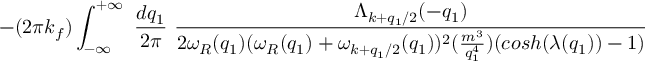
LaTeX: - ( 2 \pi k _ { f } ) \int _ { - \infty } ^ { + \infty } \mathrm { ~ } \frac { d q _ { 1 } } { 2 \pi } \mathrm { ~ } \frac { \Lambda _ { k + q _ { 1 } / 2 } ( - q _ { 1 } ) } { 2 \omega _ { R } ( q _ { 1 } ) ( \omega _ { R } ( q _ { 1 } ) + \omega _ { k + q _ { 1 } / 2 } ( q _ { 1 } ) ) ^ { 2 } ( \frac { m ^ { 3 } } { q _ { 1 } ^ { 4 } } ) ( c o s h ( \lambda ( q _ { 1 } ) ) - 1 ) }